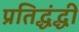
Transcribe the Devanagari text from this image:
प्रतिद्धंद्धी